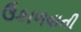
ઉકાળવાની